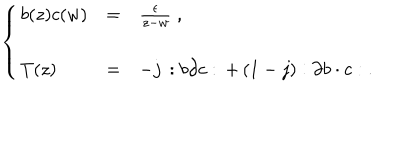
\left\{ \begin{array} { l c l } { { b ( z ) c ( w ) } } & { { = } } & { { \frac { \epsilon } { z - w } \; , } } \\ { { } } & { { } } & { { } } \\ { { T ( z ) } } & { { = } } & { { - j \, : b \partial c : \, + \, ( 1 - j ) : \partial b \cdot c : \; . } } \\ \end{array} \right.